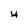
Character: 4